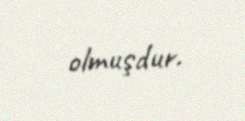
olmuşdur.